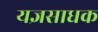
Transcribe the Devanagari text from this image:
यज्ञसाधक